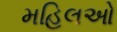
મહિલઓ